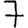
Digit: 7